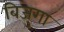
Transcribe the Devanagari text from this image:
बिजुगा